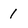
Character: 1